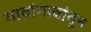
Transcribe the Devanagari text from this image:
गावांगावांतून